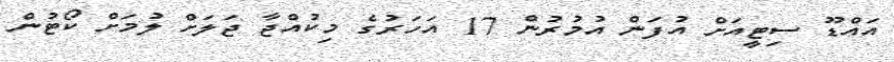
އައްޑޫ ސިޓީއަށް އުފަން އުމުރުން 17 އަހަރުގެ މިކުއްޖާ ޖަލަށް ލުމަށް ކޯޓުން